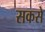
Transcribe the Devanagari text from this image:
सकसे